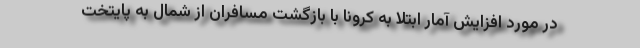
در مورد افزایش آمار ابتلا به کرونا با بازگشت مسافران از شمال به پایتخت